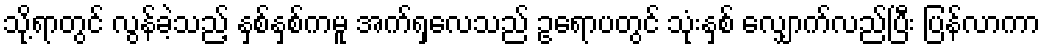
သို့ရာတွင် လွန်ခဲ့သည့် နှစ်နှစ်ကမူ အက်ရှလေသည် ဥရောပတွင် သုံးနှစ် လျှောက်လည်ပြီး ပြန်လာကာ